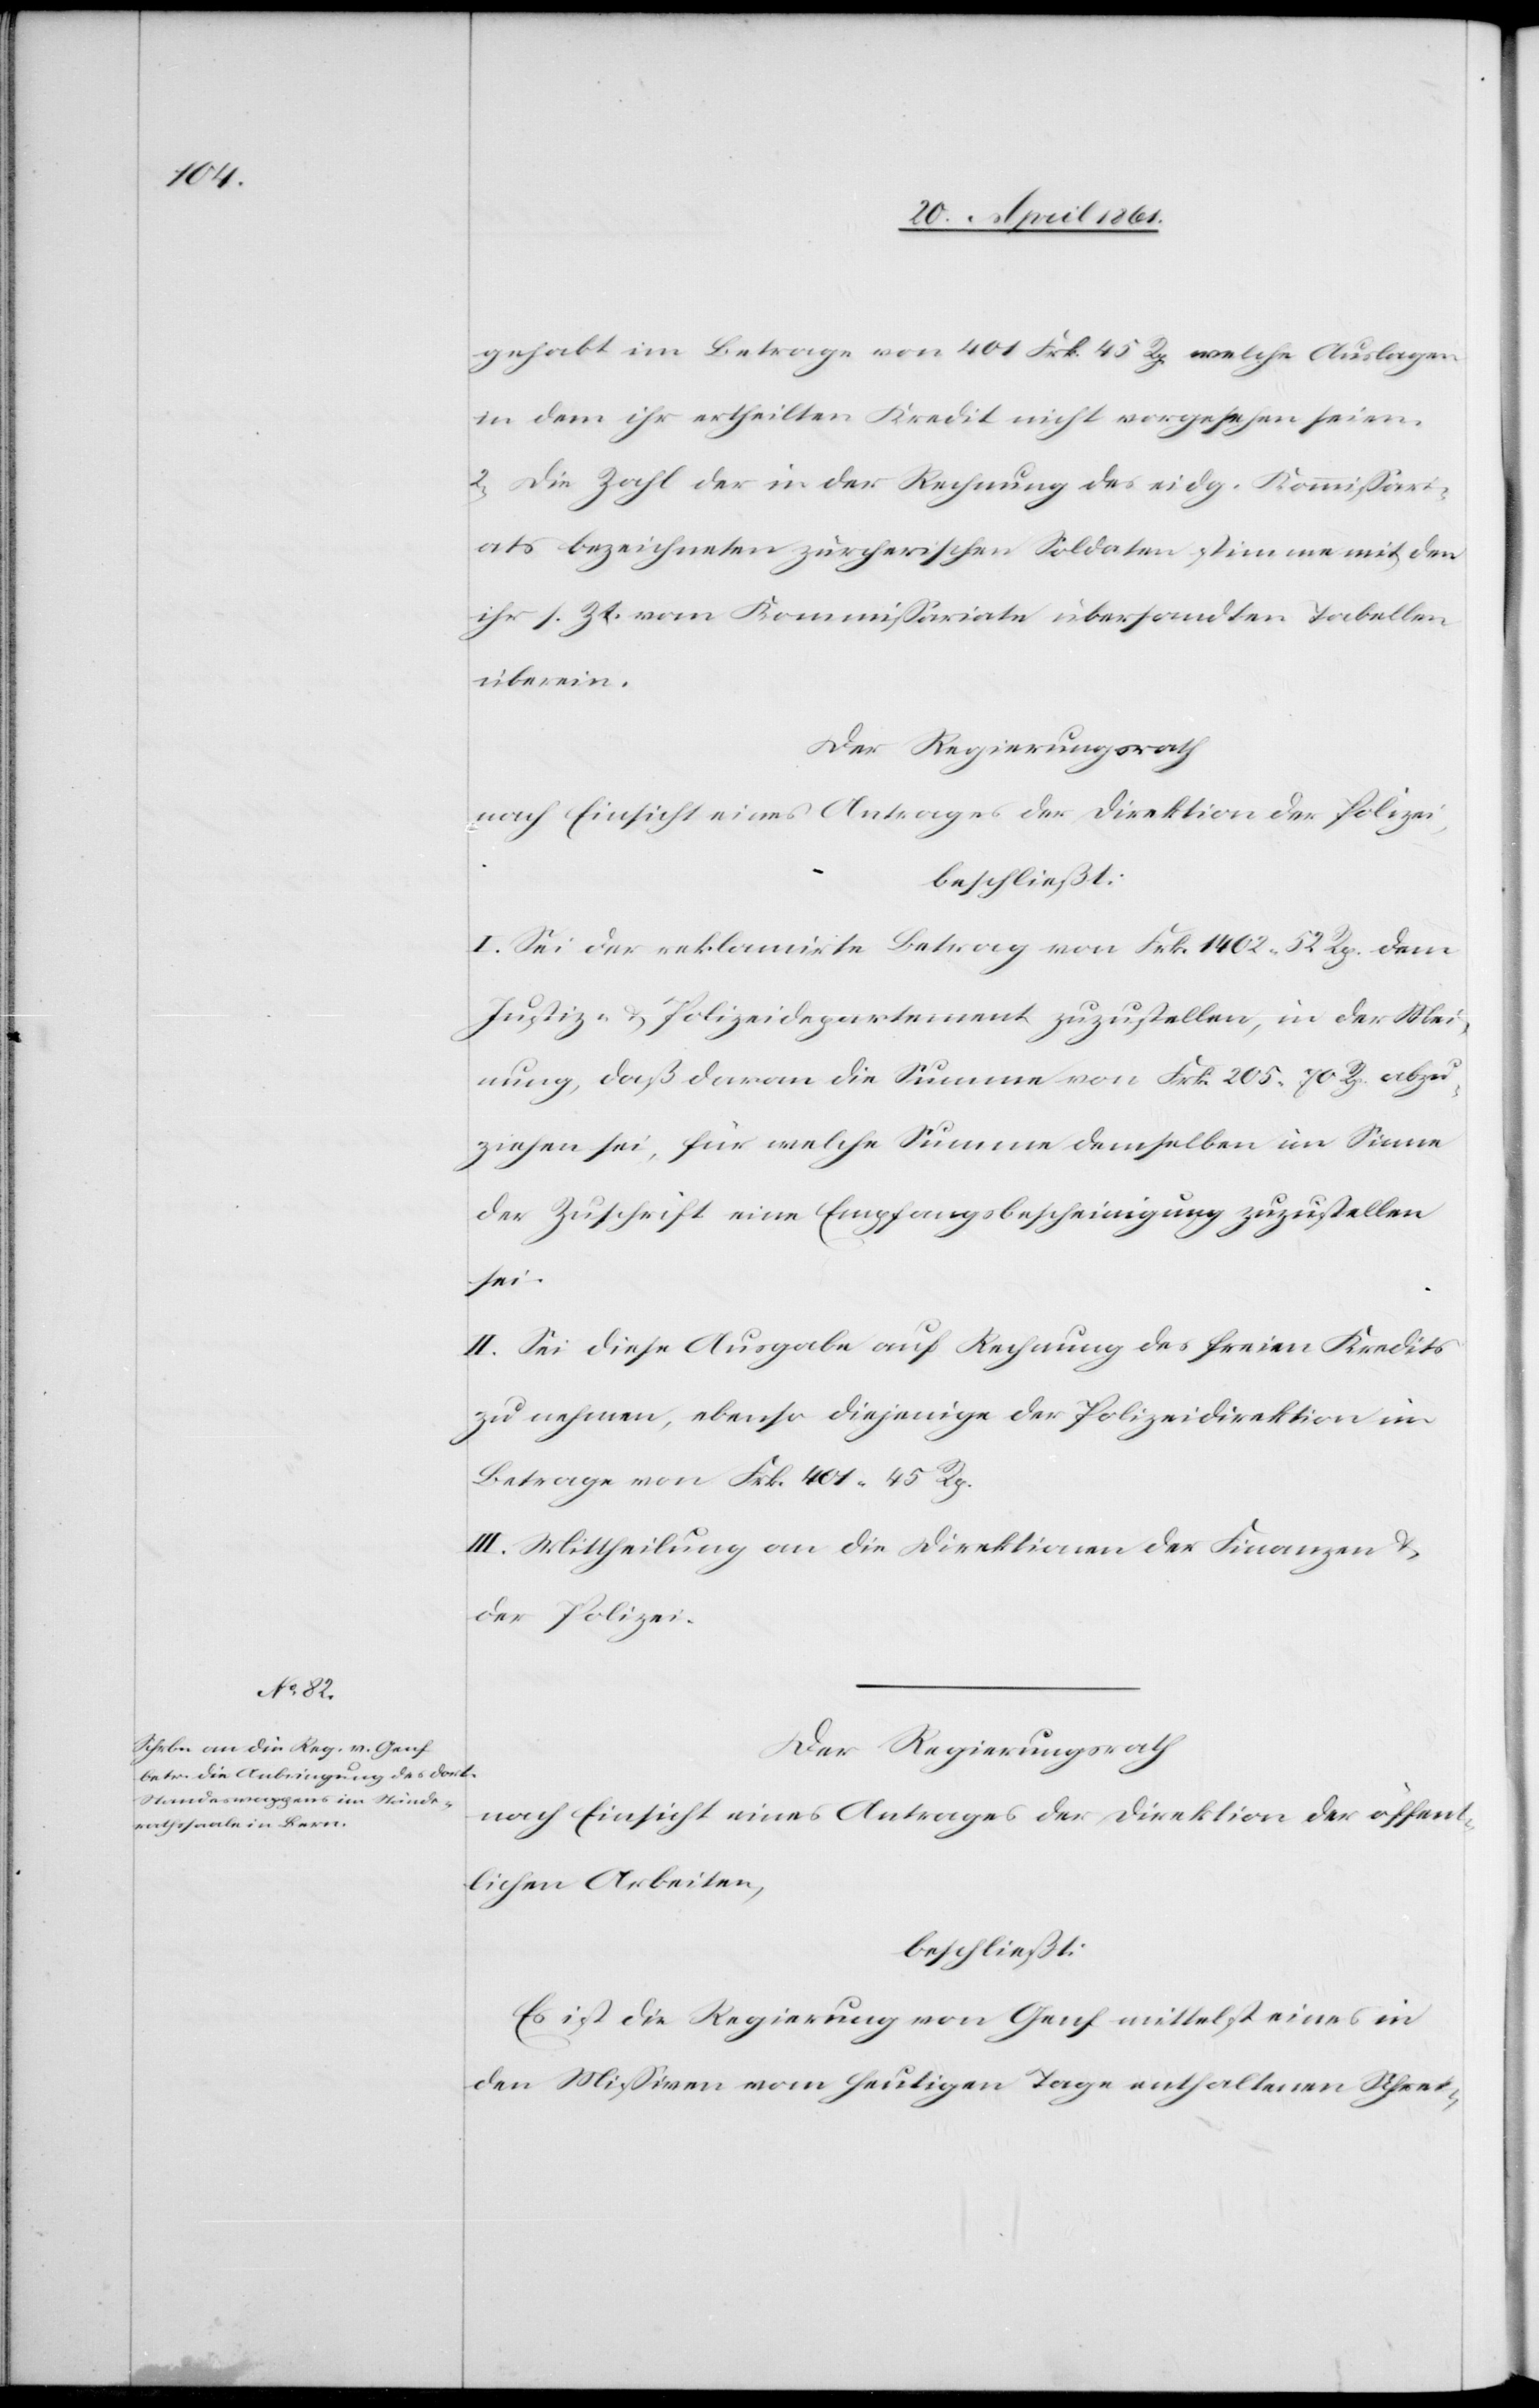
gehabt im Betrage von 401 Frk. 45 Rp. welche Auslagen
in dem ihr ertheilten Kredit nicht vorgesehen seien.
2. Die Zahl der in der Rechnung des eidg. Kommissari¬
ates bezeichneten zürcherischen Soldaten stimmen mit den
ihr s. Zt. vom Kommissariate übersandten Tabellen
überein.
Der Regierungsrath
nach Einsicht eines Antrages der Direktion der Polizei,
beschließt:
I. Sei der reklamirte Betrag von Frk. 1402 52 Rp. dem
Justiz- u. Polizeidepartement zuzustellen, in der Mei¬
nung, daß daran die Summe von Frk. 205. 70 Rp. abzu¬
ziehen sei, für welche Summe demselben im Sinne
der Zuschrift eine Empfangsbescheinigung zuzustellen
sei.
II. Sei diese Ausgabe auf Rechnung des freien Kredites
zu nehmen, ebenso diejenige der Polizeidirektion im
Betrage von Frk. 401 45 Rp.
III. Mittheilung an die Direktionen der Finanzen u.
der Polizei.
Der Regierungsrath
nach Einsicht eines Antrages der Direktion der öffent¬
lichen Arbeiten,
beschließt:
Es ist die Regierung von Genf mittelst eines in
den Missiven vom heutigen Tage enthaltenen Schrei-